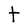
Character: t